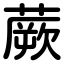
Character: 蕨